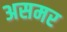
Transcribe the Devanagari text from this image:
असमर